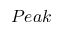
P e a k